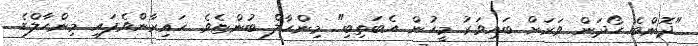
"ދޮންބެ ހޯދަން ވަރަށް ބައިވަރު މީހުން އެބަތިބި" މިންހާލް ބުންޏެވެ. ހައިރާންވެފައި މިންހާލްގެ